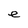
Character: e